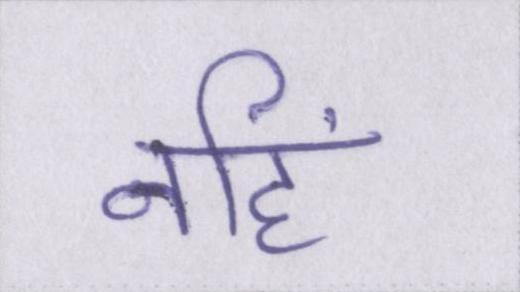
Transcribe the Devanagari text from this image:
नहिं